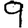
Digit: 9